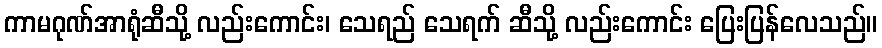
ကာမဂုဏ်အာရုံဆီသို့ လည်းကောင်း၊ သေရည် သေရက် ဆီသို့ လည်းကောင်း ပြေးပြန်လေသည်။